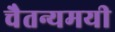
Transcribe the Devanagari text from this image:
चैतन्यमयी